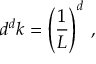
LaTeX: d ^ { d } k = \left( { \frac { 1 } { L } } \right) ^ { d } \, ,